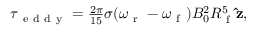
\begin{array} { r } { \boldsymbol { \tau } _ { \mathrm { ~ e ~ d ~ d ~ y ~ } } = \frac { 2 \pi } { 1 5 } \sigma ( \omega _ { \mathrm { ~ r ~ } } - \omega _ { \mathrm { ~ f ~ } } ) B _ { 0 } ^ { 2 } R _ { \mathrm { ~ f ~ } } ^ { 5 } \mathbf { \hat { z } } , } \end{array}